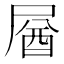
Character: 𡲚